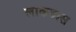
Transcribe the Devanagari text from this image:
लाकडास